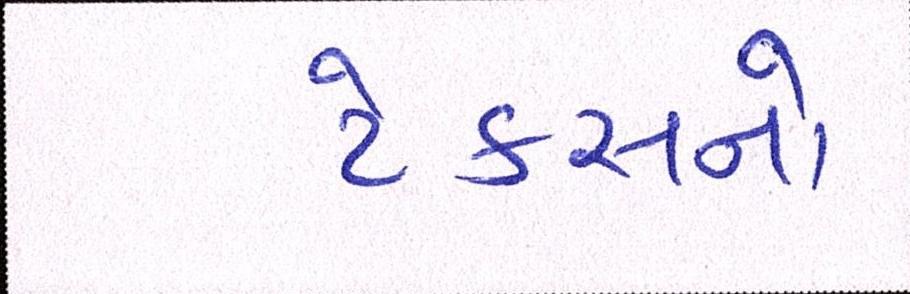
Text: ટેકસનો